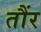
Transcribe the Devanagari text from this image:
तौंर